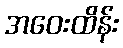
အဝေးထိန်း